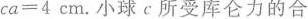
ca=4cm。小球c所受库仑力的合